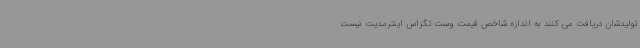
تولیدشان دریافت می کنند به اندازه شاخص قیمت وست تگزاس اینترمدیت نیست